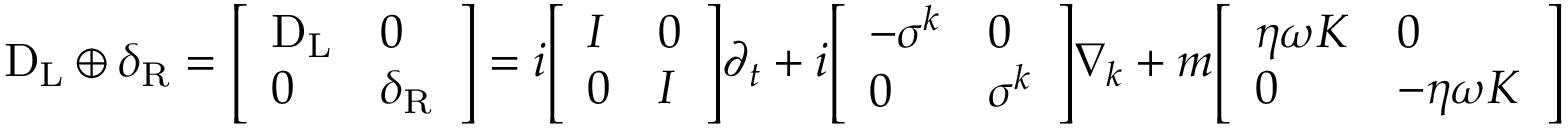
\mathrm { D } _ { \mathrm { { L } } } \oplus \delta _ { \mathrm { { R } } } = { \left[ \begin{array} { l l } { \mathrm { D } _ { \mathrm { { L } } } } & { 0 } \\ { 0 } & { \delta _ { \mathrm { { R } } } } \end{array} \right] } = i { \left[ \begin{array} { l l } { I } & { 0 } \\ { 0 } & { I } \end{array} \right] } \partial _ { t } + i { \left[ \begin{array} { l l } { - \sigma ^ { k } } & { 0 } \\ { 0 } & { \sigma ^ { k } } \end{array} \right] } \nabla _ { k } + m { \left[ \begin{array} { l l } { \eta \omega K } & { 0 } \\ { 0 } & { - \eta \omega K } \end{array} \right] }